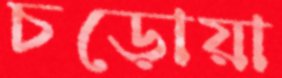
চড়োয়া